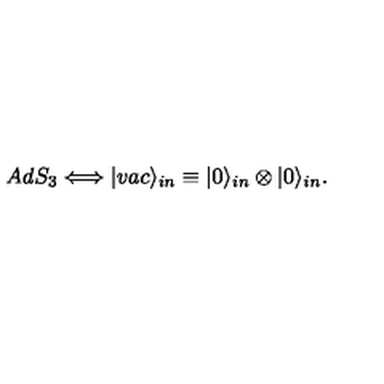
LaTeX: A d S _ { 3 } \Longleftrightarrow | v a c \rangle _ { i n } \equiv | 0 \rangle _ { i n } \otimes | 0 \rangle _ { i n } .